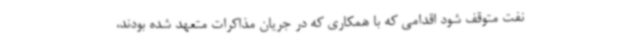
نفت متوقف شود اقدامی که با همکاری که در جریان مذاکرات متعهد شده بودند،